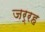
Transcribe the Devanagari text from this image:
जर्रह